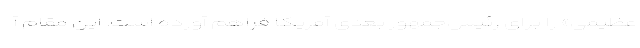
عظیمی» را برای رئیس‌جمهور بعدی آمریکا فراهم آورده است. این مقام آ